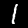
Digit: 1